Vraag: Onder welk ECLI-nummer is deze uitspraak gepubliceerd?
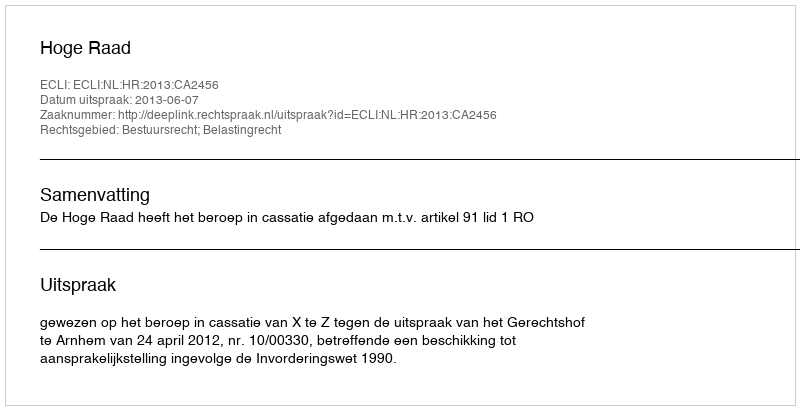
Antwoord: ECLI:NL:HR:2013:CA2456